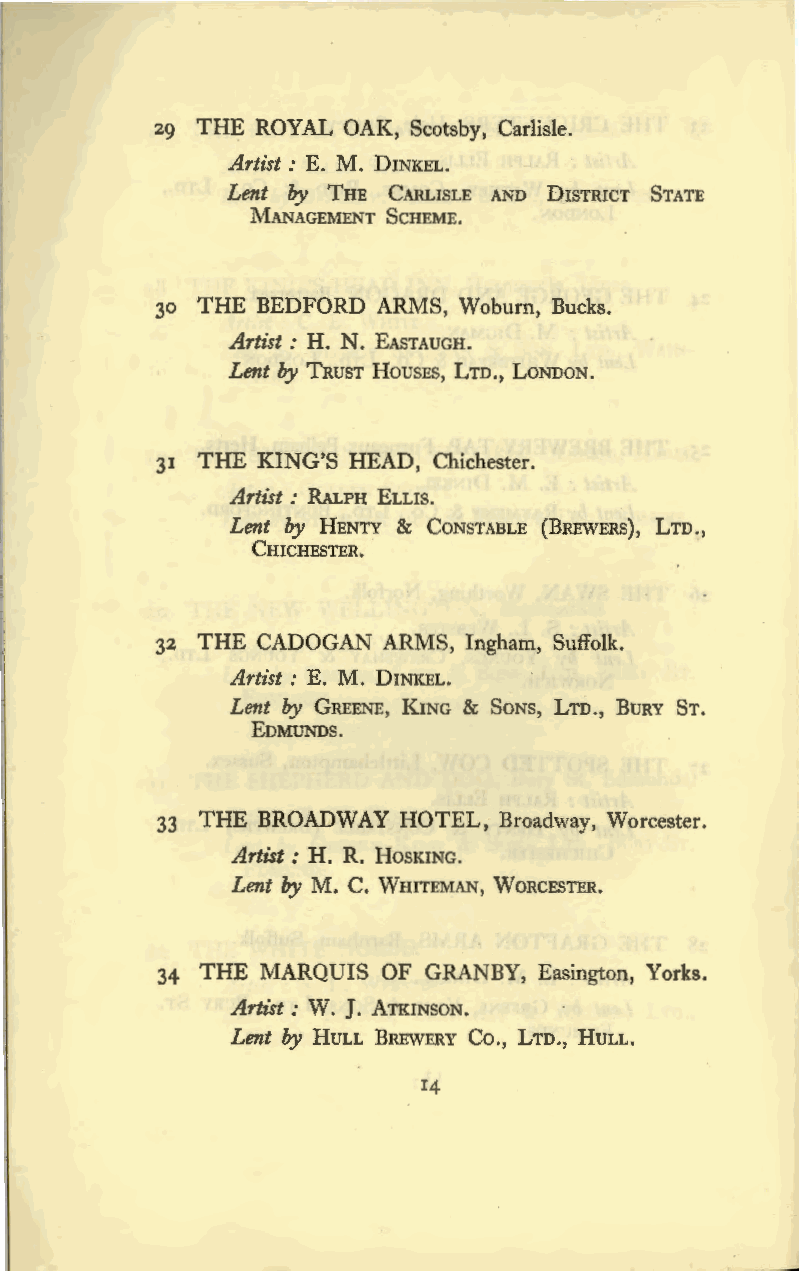
29 THE ROYAL OAK, Scotsby, Carlisle.
 Artist: E. M. DINKEL.
 Lent by THE CARLISLE AND DISTRICT STATE
 MANAGEMENT SCHEME.
 30 THE BEDFORD ARMS, Woburn, Bucks.
 Artist : H. N. EASTAUGH.
 Lent by TRUST HousEs, LTD., LONDON.
 31 THE KING'S HEAD, Chichester.
 Artist : RALPH ELLIS.
 Lent by HENTY & CONSTABLE (BREWERS), LTD.,
 CHICHESTER.
 32 THE CADOGAN ARMS, Ingham, Suffolk.
 Artist: E. M. DINKEL.
 Lent by GREENE, KING & SONS, LTD., BURY ST.
 EDMUNDS.
 33 THE BROADWAY HOTEL, Broadway, Worcester.
 Artist : H. R. HosKING.
 Lent by M. C. WHITEMAN, WORCESTER.
 34 THE MARQUIS OF GRANBY, Easington, Yorks.
 Artist: w. J. ATKINSON.
 Lent by HULL BREWERY Co., LTD., HULL.
 14